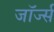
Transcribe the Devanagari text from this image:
जाॅर्ज्स